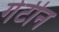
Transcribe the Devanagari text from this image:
गेटीन